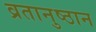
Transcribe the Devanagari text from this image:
व्रतानुष्ठान